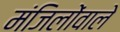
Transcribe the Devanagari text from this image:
मंजिलोंवाले